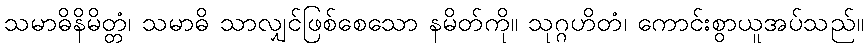
သမာဓိနိမိတ္တံ၊ သမာဓိ သာလျှင်ဖြစ်စေသော နမိတ်ကို။ သုဂ္ဂဟိတံ၊ ကောင်းစွာယူအပ်သည်။